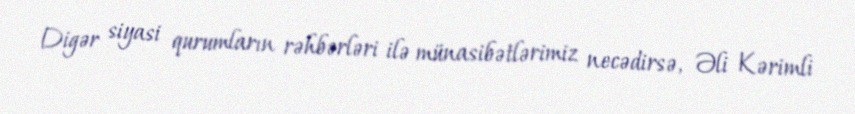
Digər siyasi qurumların rəhbərləri ilə münasibətlərimiz necədirsə, Əli Kərimli